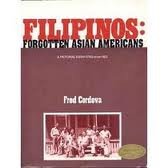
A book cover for Filipinos: Forgotten Asian Americans; Fred Cordova; History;